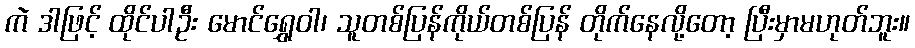
ကဲ ဒါဖြင့် ထိုင်ပါဦး မောင်ရွှေဝါ၊ သူတစ်ပြန်ကိုယ်တစ်ပြန် တိုက်နေလို့တော့ ပြီးမှာမဟုတ်ဘူး။